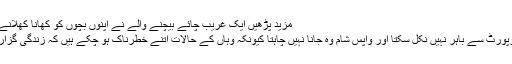
مزید پڑھیں ایک غریب چائے بیچنے والے نے اپنوں بچوں کو کھانا کھلانے ریسٹورینٹ لے گیا تو
اب حسن کوالالمپور ایئرپورٹ سے باہر نہیں نکل سکتا اور واپس شام وہ جانا نہیں چاہتا کیونکہ وہاں کے حالات اتنے خطرناک ہو چکے ہیں کہ زندگی گزارنی مشکل ہو چکی ہے۔